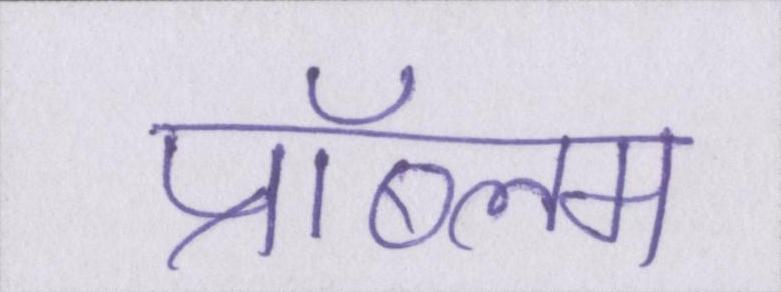
प्रॉब्लम